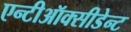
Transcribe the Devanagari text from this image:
एन्टीऑक्सीडेन्ट